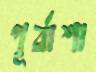
পূর্বাশা